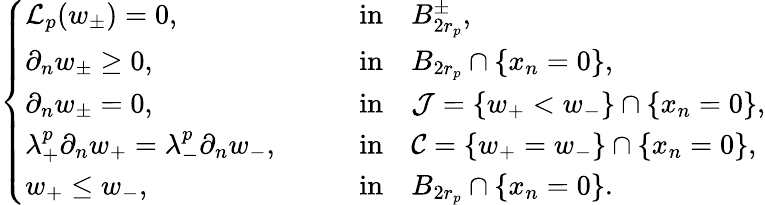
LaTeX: \left\{ \begin{array}{ll}{\mathcal{L}_{p}(w_{\pm})=0,\qquad}&{\mathrm{in}\quad B_{2r_{p}}^{\pm},}\\ {\partial_{n}w_{\pm}\geq 0,\qquad}&{\mathrm{in}\quad B_{2r_{p}}\cap\{ x_{n}=0\} ,}\\ {\partial_{n}w_{\pm}=0,\qquad}&{\mathrm{in}\quad\mathcal{J}=\{ w_{+}<w_{-}\} \cap\{ x_{n}=0\} ,}\\ {\lambda_{+}^{p}\partial_{n}w_{+}=\lambda_{-}^{p}\partial_{n}w_{-},\qquad}&{\mathrm{in}\quad\mathcal{C}=\{ w_{+}=w_{-}\} \cap\{ x_{n}=0\} ,}\\ {w_{+}\leq w_{-},\quad}&{\mathrm{in}\quad B_{2r_{p}}\cap\{ x_{n}=0\} .}\end{array}\right.